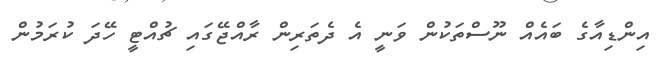
އިންޑިއާގެ ބައެއް ނޫސްތަކުން ވަނީ އެ ދެތަރިން ރާއްޖޭގައި ޗުއްޓީ ހޭދަ ކުރަމުން